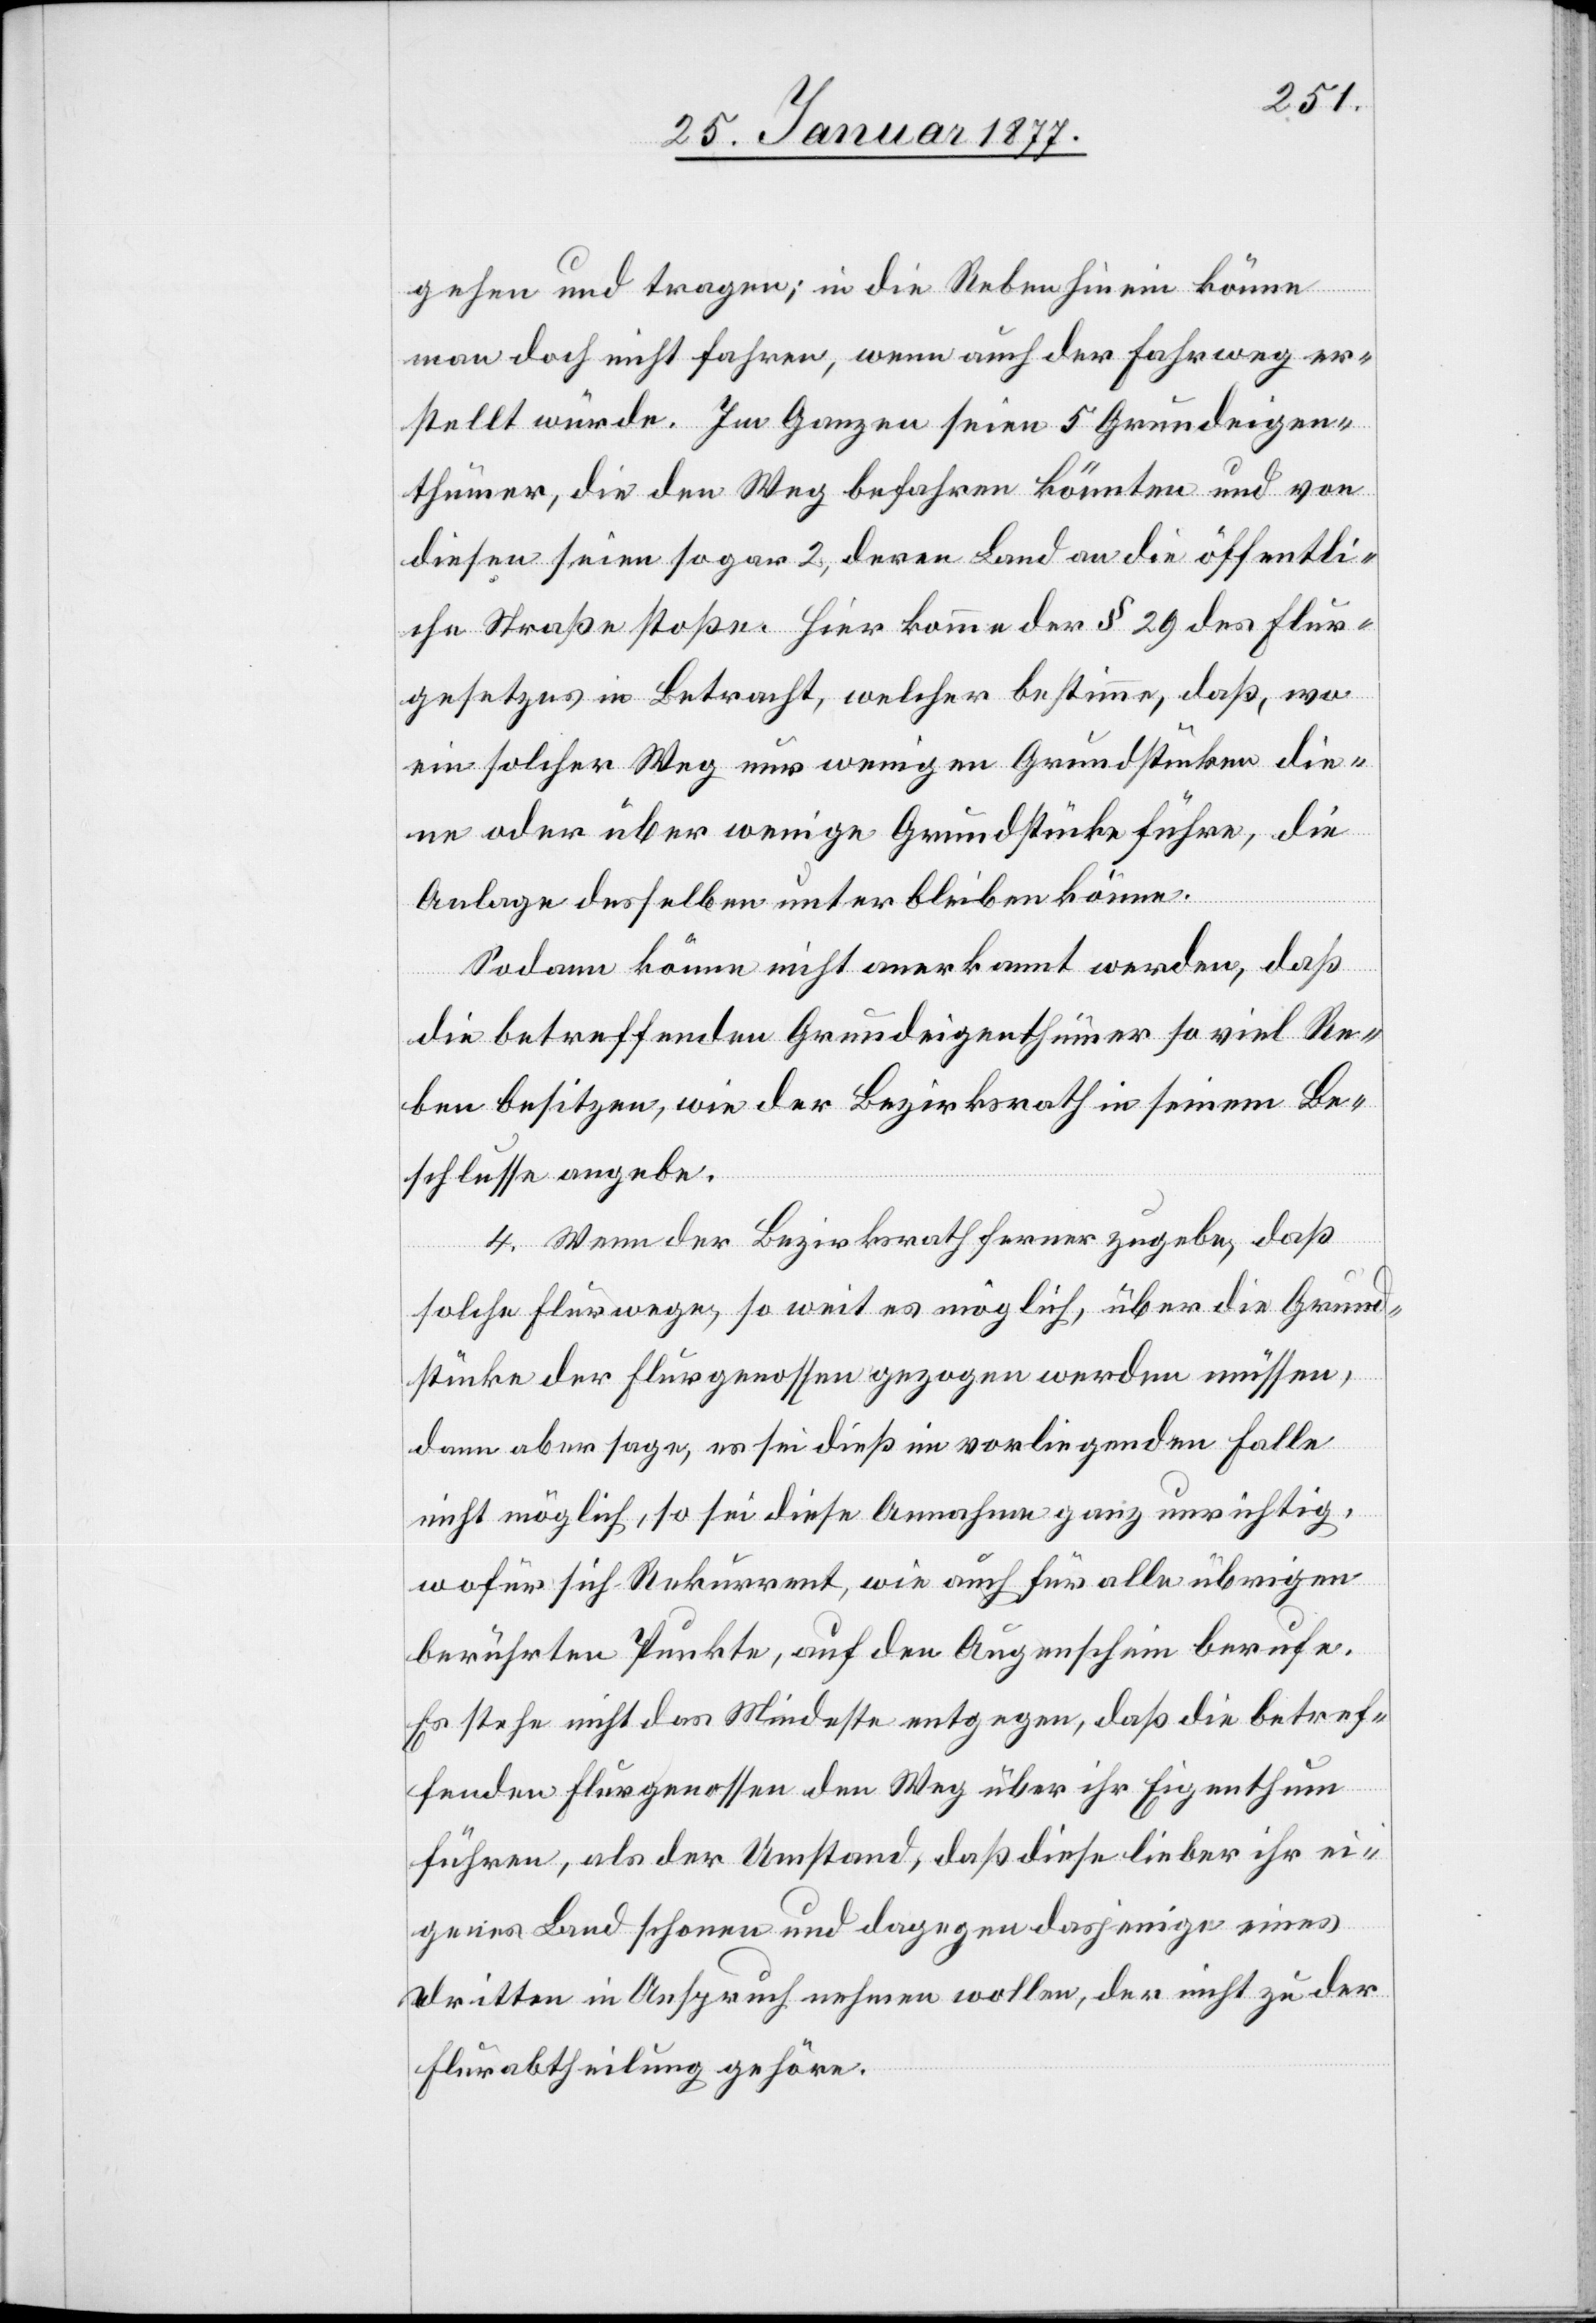
gehen und tragen; in die Reben hinein könne
man doch nicht fahren, wenn auch der Fahrweg er¬
stellt würde. Im Ganzen seien 5 Grundeigen¬
thümer, die den Weg befahren könnten und von
diesen seien sogar 2, deren Land an die öffentli¬
che Straße stoße. Hier komme der § 29 des Flur¬
gesetzes in Betracht, welcher bestimme, daß, wo¬
rin solcher Weg nur wenigen Grundstücken die¬
ne oder über wenige Grundstücke führe, die
Anlage desselben unterbleiben könne.
Sodann könne nicht anerkannt werden, daß
die betreffenden Grundeigenthümer so viel Re¬
ben besitzen, wie der Bezirksrath in seinem Be¬
schlusse angebe.
4. Wenn der Bezirksrath ferner zugebe, daß
solche Flurwege, so weit es möglich, über die Grund¬
stücke der Flurgenossen gezogen werden müssen,
dann aber sage, es sei dieß im vorliegenden Falle
nicht möglich, so sei diese Annahme ganz unrichtig,
wofür sich Rekurrent, wie auch für alle übrigen
berührten Punkte, auf den Augenschein berufe.
Es stehe nicht das Mindeste entgegen, daß die betref¬
fenden Flurgenossen den Weg über ihr Eigenthum
führen, als der Umstand, daß diese lieber ihr ei¬
genes Land schonen und dagegen dasjenige eines
Dritten in Anspruch nehmen wollen, der nicht zu der
Flurabtheilung gehöre.